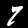
Label: 7